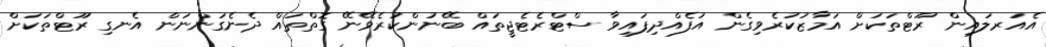
އެއަރލައިން ރޫޓްތަކަށް އަމާޒުކުރެވިގެން އުފެއްދިފައިވާ ސްޓްރެޓެޖީތައް ބޭނުންކުރެވޭނޭ ގޮތްތައް ދެނެގަންނަން އެނގި ރޫޓްތަކަށް